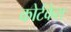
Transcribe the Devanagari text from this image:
कोर्टकेस